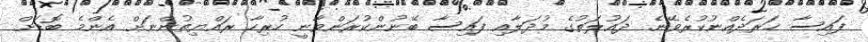
ފައިސާ ޚަރަދެއްނުކުރެވޭނެ. ދައުލަތުގެ މުދަލާއި ފައިސާ ބޭނުންކުރަންވާނީ ހުރިހާ ރައްޔިތުންނަށް އެންމެ ބޮޑަށް